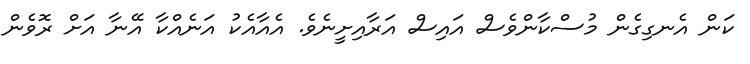
ކަން އެނގިގެން މުސްކާންވެސް އައިސް އަރާއިށީނެވެ. އެއާއެކު އަނެއްކާ އޭނާ އަށް ރޮވެން